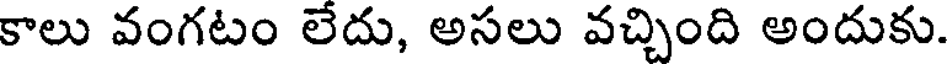
కాలు వంగటం లేదు, అసలు వచ్చింది అందుకు.